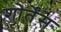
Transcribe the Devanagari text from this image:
शोर्तेंस